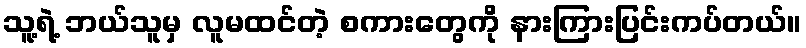
သူ့ရဲ့ ဘယ်သူမှ လူမထင်တဲ့ စကားတွေကို နားကြားပြင်းကပ်တယ်။